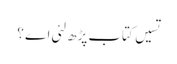
تسیں کتاب پڑھ لئی اے ؟